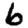
Digit: 6